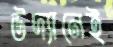
উদ্যানেই